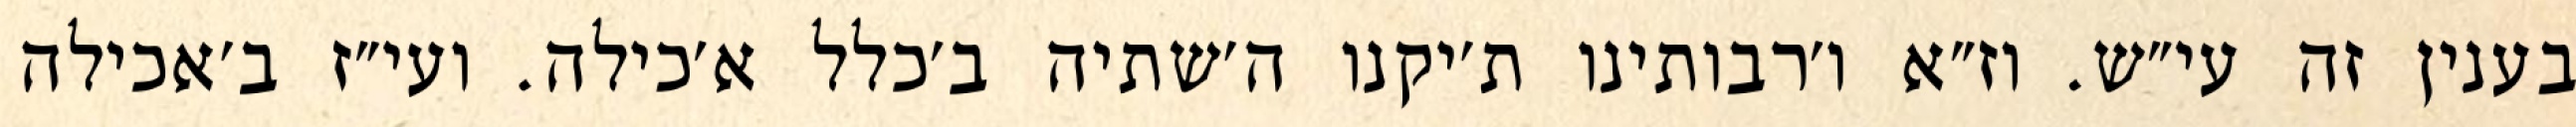
בענין זה עי״ש. וז״א ו׳רבותינו ת׳יקנו ה׳שתיה ב׳כלל א׳כילה. ועי״ז ב׳אכילה